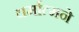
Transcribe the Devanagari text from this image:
धर्मात्मने